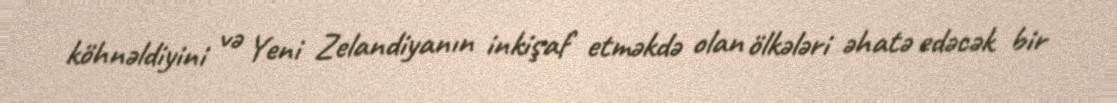
köhnəldiyini və Yeni Zelandiyanın inkişaf etməkdə olan ölkələri əhatə edəcək bir